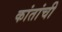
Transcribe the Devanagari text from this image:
कांतांची